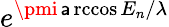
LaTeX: e^{\pmi\operatorname{\mathsf{a}rccos}{E_{n}/\lambda}}